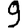
Digit: 9